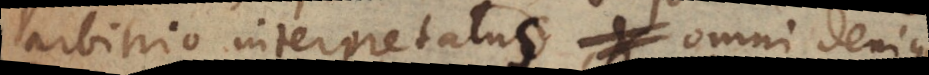
et interpretatus, omni denique